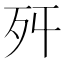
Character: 𣧒